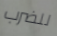
للضرب